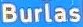
Burlas